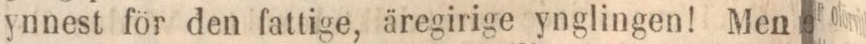
ynnest för den fattige, äregirige ynglingen! Men